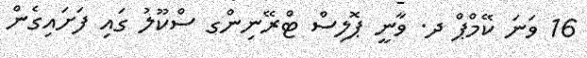
16 ވަނަ ކޭމްޕް ދ. ވާނީ ޕޮލިސް ޓްރޭނިންގ ސްކޫލު ގައި ފަށައިގެން